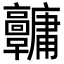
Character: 𩫱